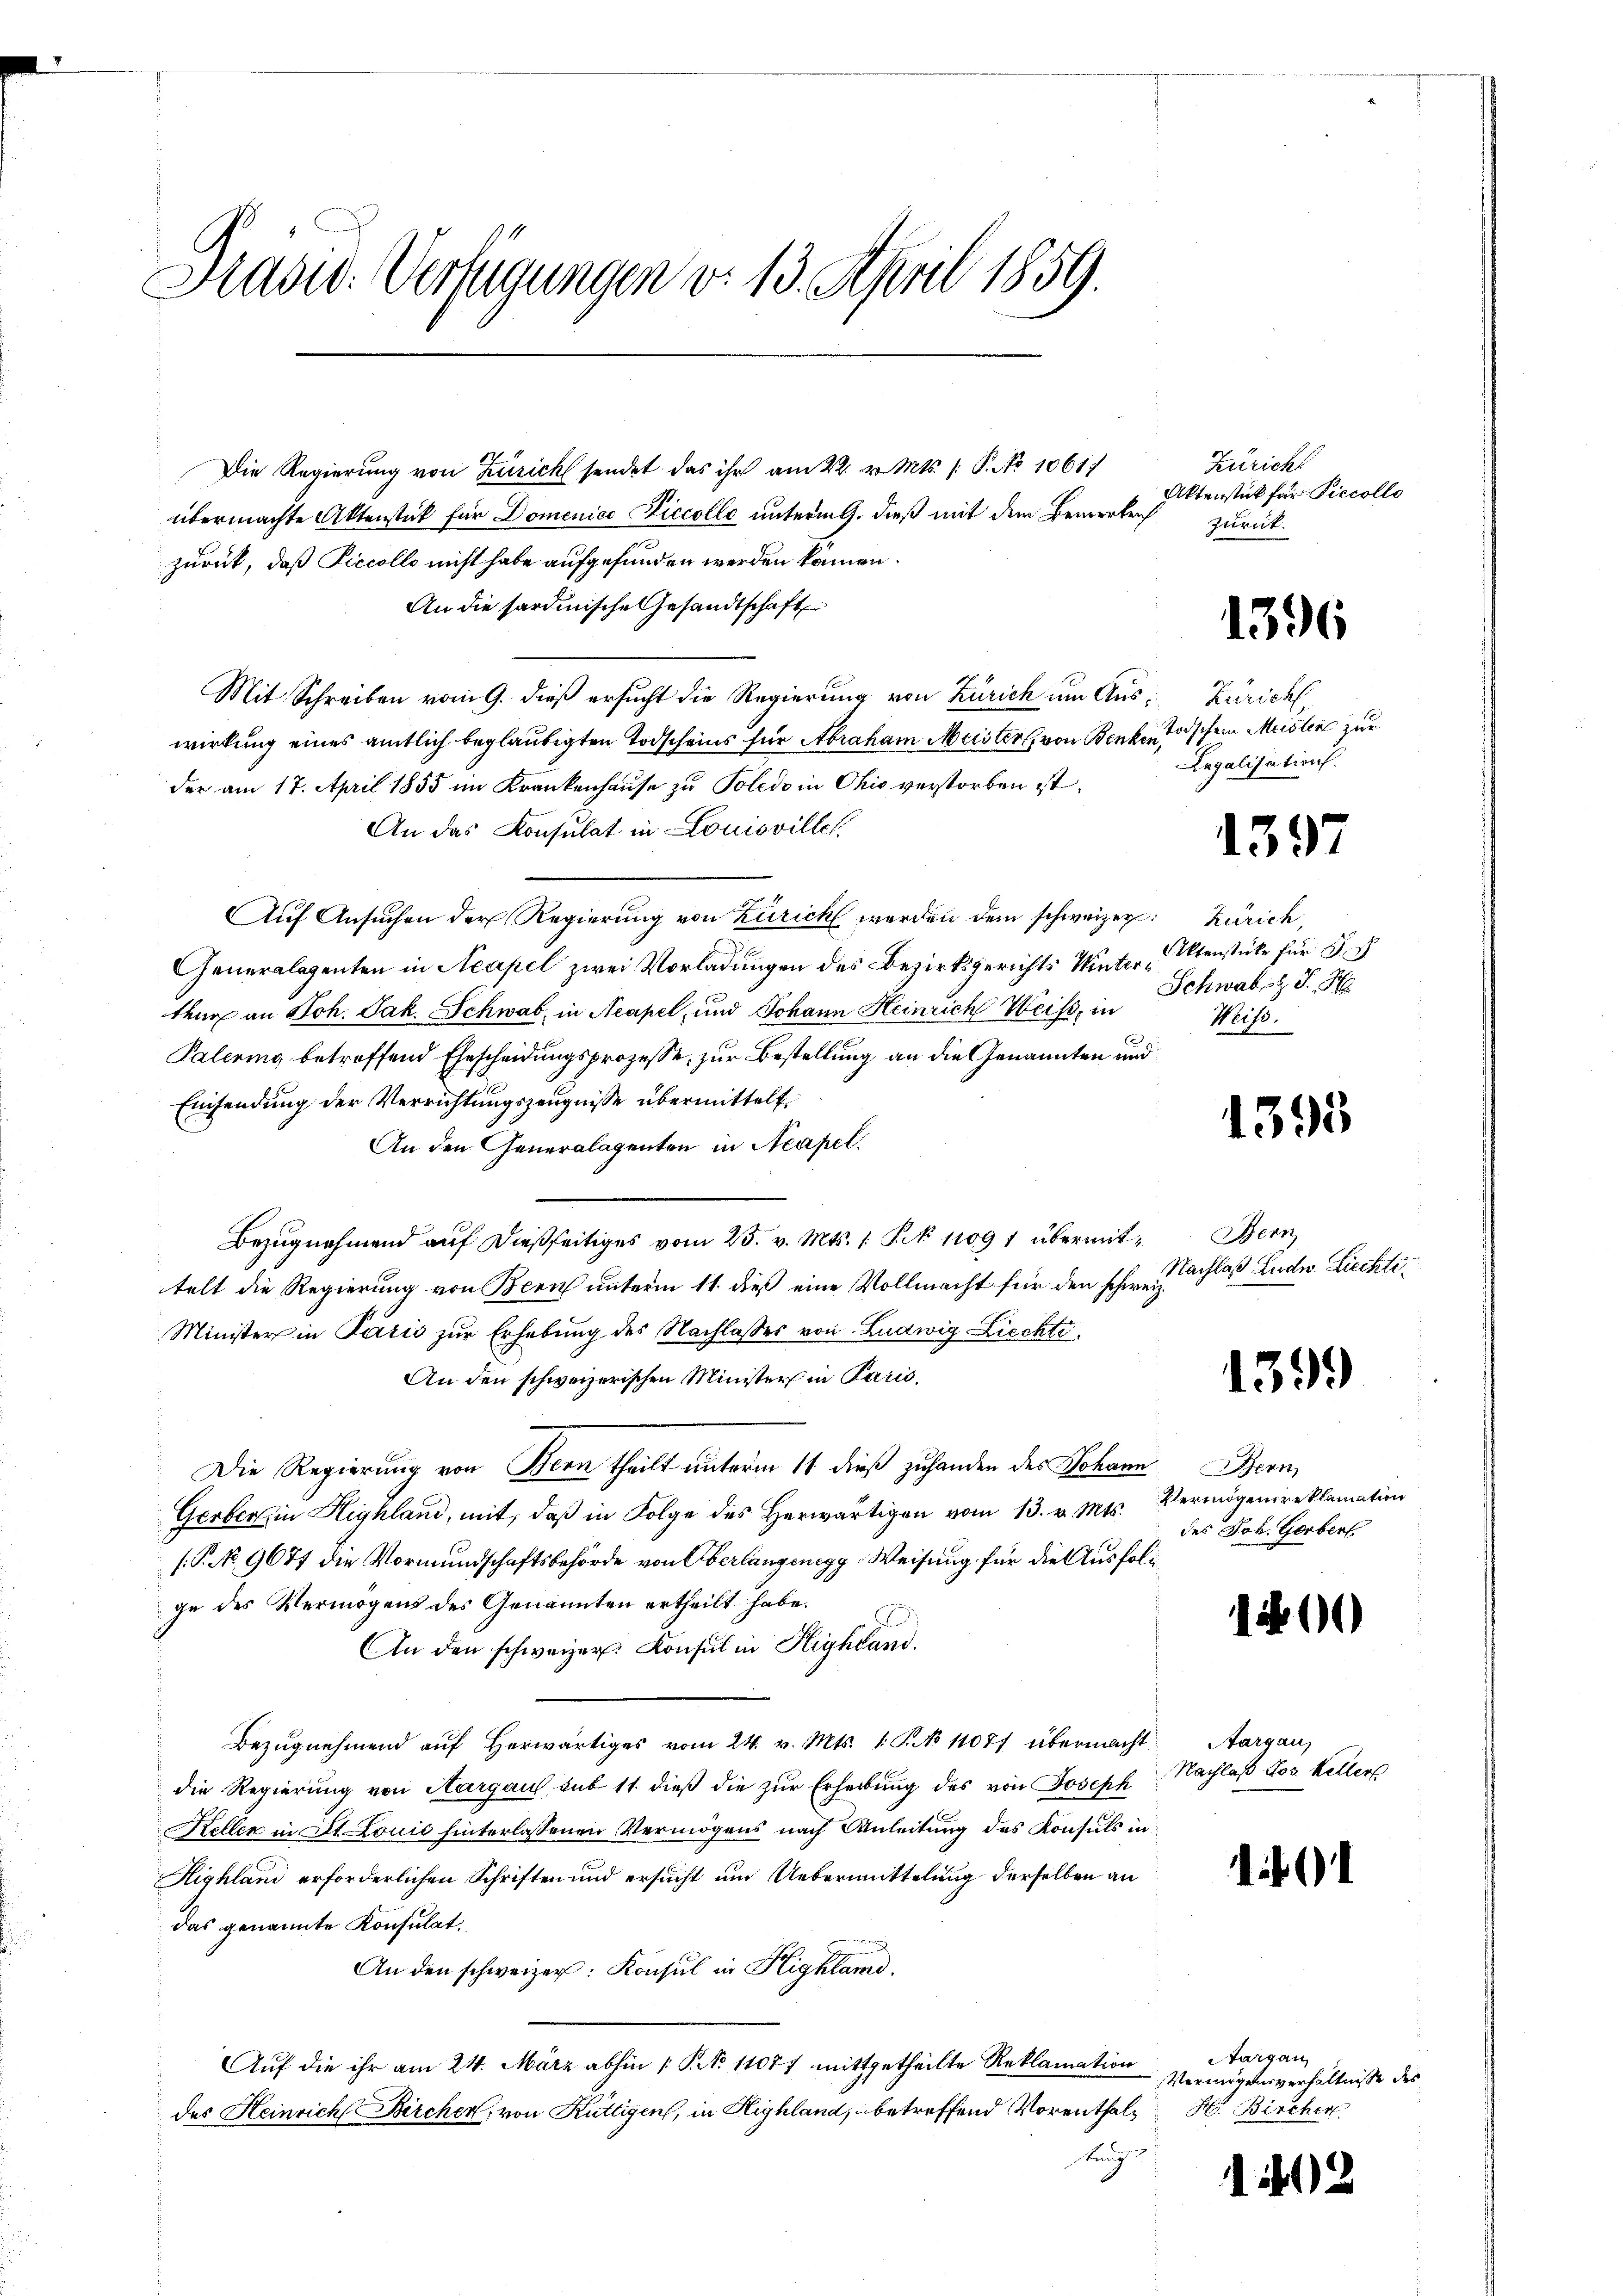
Has: Verfügungen v. 13. April 1859.

Die Regierung von Zürich sendet das ihr am 22. v. Mts. 1. P. No 1061.
übermachte Aktenstück für Domenice Piccolle unterm 9. dieß mit dem Bemerken
zurück, daß Piccollo nicht habe aufgefunden werden können.
An die sardinische Gesandtschaft
Mit Schreiben vom 9. dieß ersucht die Regierung von Zürich um Aus Zürich
wirkung eines amtlich beglaubigten Todscheins für Abraham Meister von Benken Tischein Meister zur
der am 17. April 1855 im Krankenhause zu Poledo in Ohio verstorben ist.
An das Konsulat in Louisvillet
Auf Ansuchen der Regierung von Zürich werden dem schweizer Zürich,
Generalegenten in Neapel zwei Vorladungen des Bezirksgerichts Winter Oltenstücke für Sch
teur an Joh. Jak. Schwab, in Neapel, und Johann Heinrich Weiss, in
Palering betreffend Ehescheidungsprozesse, zur Bestellung an die Genannten und
Einsendung der Verrichtungszeugnisse übermittelt.
An den Generalagenten in Neapel.
Bezugnahmend auf dießseitiges vom 25. v. Mts. 1. P. N. 11091 übermittelt die Regierung von Bern unterm 11. dieß eine Vollmacht für den schweiz.
Minister in Paris zur Erhebung des Nachlasses von Ludwig Liechte
An den schweizerischen Minister in Paris,
Die Regierung von Bern theilt unterm 14. dieß zuhanden des Johann Bern,
Gerberin Highland, mit, daβ in Folge des herwärtigen vom 13. v. Mts. Vermögensreklamation
(.P. No. 9677 die Vormundschaftsbehörde von Oberlangenegg Weisung für die Ausfolgge des Vermögens des Genannten ertheilt habe.
An den schweizer. Konsul in Highland.
Bezŭgnehmend aŭf herwärtiges vom 24. v. Mts. 1. P. No 11077 übermacht Aargau,
die Regierung von Aargaus, sub 11 dieß die zur Erhebung des von Joseph
Keller in Alt. Louić hinterlassenen Vermögens nach Anleitung des Konsuls in
Highland erforderlichen Schriften und ersucht um Uebermittelung derselben an
das genannte Konsulat
An den schweizer: Konsul in Highland.
Auf die ihr am 24. März abhin 1 S. 11077 mitgetheilte Reklamation
des Heinrich Bircher, von Küttigen, in Highland, betreffend Vorenthale H. Bircher
tung

Züricht
Aktenstück für Piccollo
zurück.

1396

Legalisation.

1397

Schwab J. H
Weise.

1395

Bern
Nachlaß Ludw. Liechte.

1399

des Joh. Gerbert.

100

Nachlaß Jos. Keller

.

1

2

Aargau
Vermögensverhältnisse des